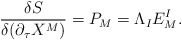
\begin{align*}{{\delta S}\over{\delta(\partial_\tau X^M)}}=P_{M}=\Lambda_I E^{I}_{M}.\end{align*}